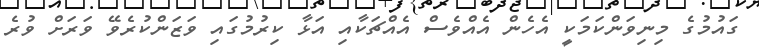
ގައުމުގެ މިނިވަންކަމަކީ އެހެން އެއްވެސް އެއްޗަކާއި އަޅާ ކިރުމުގައި ވަޒަންކުރެވޭ ވަރަށް ވުރެ